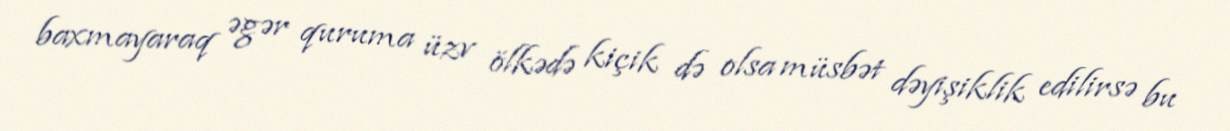
baxmayaraq əgər quruma üzv ölkədə kiçik də olsa müsbət dəyişiklik edilirsə bu